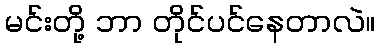
မင်းတို့ ဘာ တိုင်ပင်နေတာလဲ။